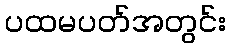
ပထမပတ်အတွင်း